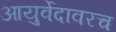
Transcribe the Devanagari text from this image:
आयुर्वेदावरच